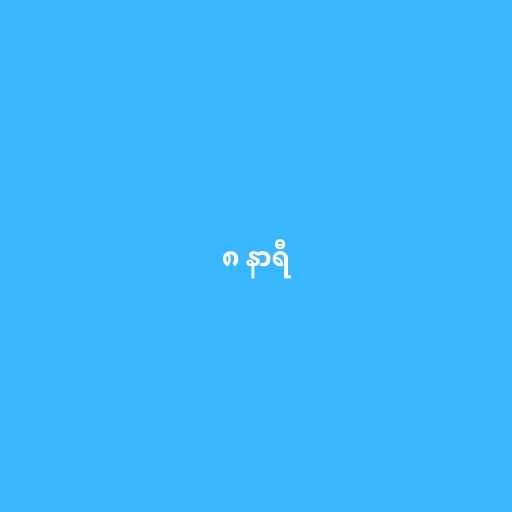
၈ နာရီ